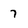
Character: 7